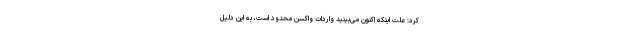
کرد: علت اینکه اکنون می‌بینید واردات واکسن محدود است، به این دلیل